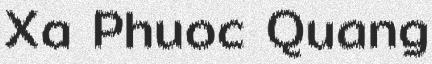
Xa Phuoc Quang